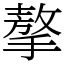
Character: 摮